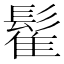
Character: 𲌟